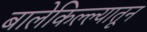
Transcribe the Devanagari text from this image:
बालेकिल्ल्यातून